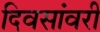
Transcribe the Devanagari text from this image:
दिवसांवरी